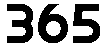
365